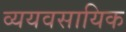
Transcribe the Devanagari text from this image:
व्ययवसायिक